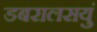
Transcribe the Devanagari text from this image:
डबरालसयुं